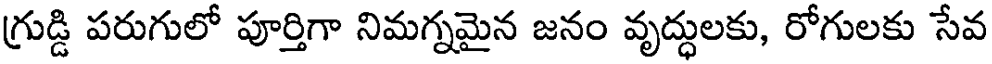
గ్రుడ్డి పరుగులో పూర్తిగా నిమగ్నమైన జనం వృద్ధులకు, రోగులకు సేవ